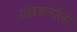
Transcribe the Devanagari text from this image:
यज्ञकर्माला